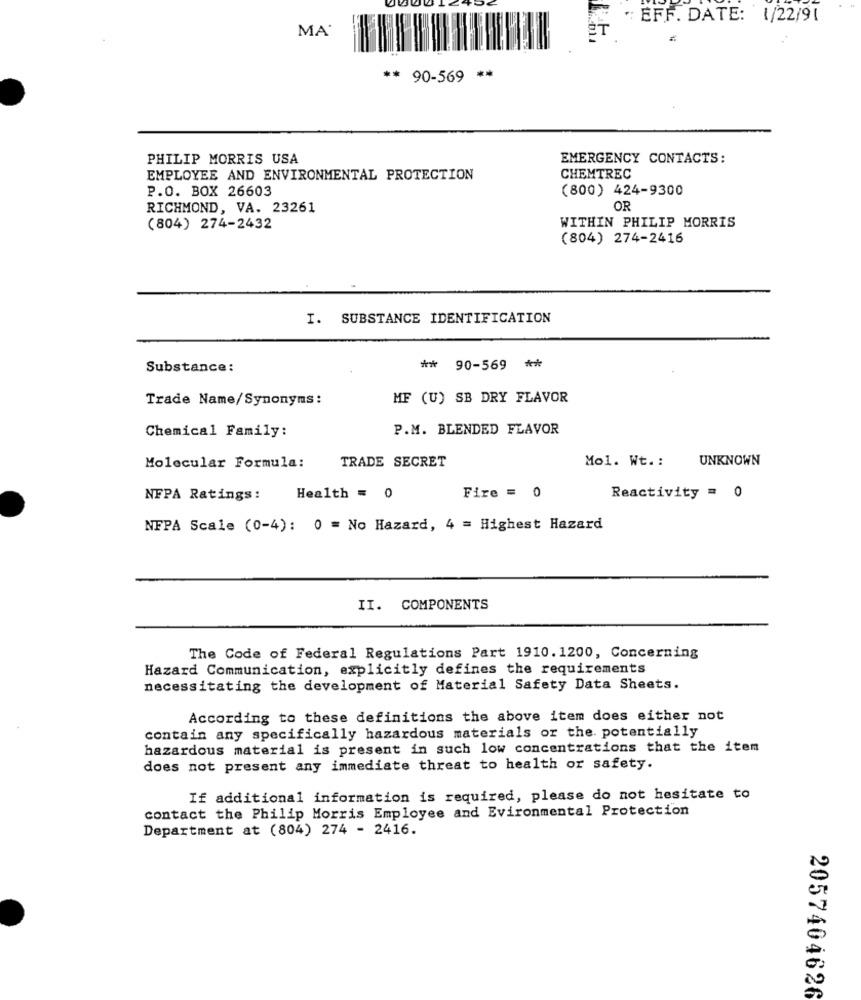
" EFF. DATE: 1/22/91
MA
ET
** 90-569 **
PHILIP MORRIS USA
EMERGENCY CONTACTS:
EMPLOYEE AND ENVIRONMENTAL PROTECTION
CHEMTREC
P.O. BOX 26603
(800) 424-9300
RICHMOND, VA. 23261
OR
(804) 274-2432
WITHIN PHILIP MORRIS
(804) 274-2416
I. SUBSTANCE IDENTIFICATION
**
Substance:
**
90-569
Trade Name/Synonyms:
MF (U) SB DRY FLAVOR
Chemical Family:
P.M. BLENDED FLAVOR
TRADE SECRET
Mol. Wt .:
UNKNOWN
Molecular Formula:
NFPA Ratings:
Health = 0
Fire = 0
Reactivity = 0
NFPA Scale (0-4): 0 = No Hazard, 4 = Highest Hazard
II. COMPONENTS
The Code of Federal Regulations Part 1910.1200, Concerning
Hazard Communication, explicitly defines the requirements
necessitating the development of Material Safety Data Sheets.
According to these definitions the above item does either not
contain any specifically hazardous materials or the. potentially
hazardous material is present in such low concentrations that the item
does not present any immediate threat to health or safety.
If additional information is required, please do not hesitate to
contact the Philip Morris Employee and Evironmental Protection
Department at (804) 274 - 2416.
2057404626